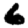
Digit: 6